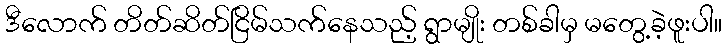
ဒီလောက် တိတ်ဆိတ်ငြိမ်သက်နေသည့် ရွာမျိုး တစ်ခါမှ မတွေ့ခဲ့ဖူးပါ။